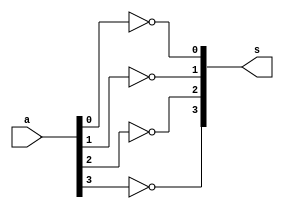
// ------------------------- 
// Exemplo0035 - F4 
// Nome: Ursula Rosa Monteiro de Castro
// ------------------------- 
// ------------------------- 
// neg4b 
// ------------------------- 
module neg4b (output [3:0] s, input [3:0] a); 


not NOT1 (s[0], a[0]);
not NOT2 (s[1], a[1]);
not NOT3 (s[2], a[2]);
not NOT4 (s[3], a[3]);

endmodule // neg4b

// ------------------------- 
// f4_gate 
// ------------------------- 
module f4 (output [3:0] nota,output [3:0] notb, output [3:0] ou, output [3:0] notou,
output [3:0] e, output [3:0] note, output [3:0] oux, output [3:0] notoux,input [3:0] a, 
input [3:0] b); 

neg4b NEG4a (nota, a);
neg4b NEG4b (notb, b);

and AND1 (e[0], a[0], b[0]);
and AND2 (e[1], a[1], b[1]);
and AND3 (e[2], a[2], b[2]);
and AND4 (e[3], a[3], b[3]);

neg4b NEG4e (note, e);

or OR1 (ou[0], a[0], b[0]);
or OR2 (ou[1], a[1], b[1]);
or OR3 (ou[2], a[2], b[2]);
or OR4 (ou[3], a[3], b[3]);

neg4b NEG4ou (notou, ou);

xor XOR1 (oux[0], a[0], b[0]);
xor XOR2 (oux[1], a[1], b[1]);
xor XOR3 (oux[2], a[2], b[2]);
xor XOR4 (oux[3], a[3], b[3]);

neg4b NEG4oux (notoux, oux);

endmodule // f4 
// ------------------------- 

module test_f4; 
// ------------------------- definir dados 
reg [3:0] x; 
reg [3:0] y; 
wire [3:0] a, b, c, d, e, f, g, h; 
f4 modulo (a, b, c, d, e, f, g, h, x, y); 
// ------------------------- parte principal 
initial begin 
$display("Exemplo0035 -  Ursula Rosa - 427468"); 
$display("Test LU's module"); 
x = 4'b0011; y = 4'b0101;
// projetar testes do modulo 
#1 $monitor("A %3b - B %3b = NOT A %3b - NOT B %3b - OR %3b - NOR %3b - \n AND %3b - NAND %3b - XOR %3b - XNOR %3b \n \n", x, y, a, b, c, d, e, f, g, h); 
#1 x = 4'b1010; y = 4'b1101;
#1 x = 4'b1111; y = 4'b1111;
#1 x = 4'b1000; y = 4'b0001;
#1 x = 4'b1010; y = 4'b0101;
end 
endmodule // test_f4